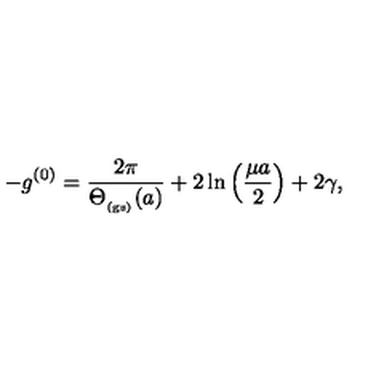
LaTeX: - g ^ { ( 0 ) } = \frac { 2 \pi } { \Theta _ { _ \mathrm { ( g s ) } } ( a ) } + 2 \ln \left( \frac { \mu a } { 2 } \right) + 2 \gamma ,